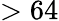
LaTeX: >64